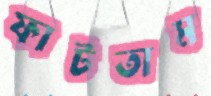
ফাটতাম